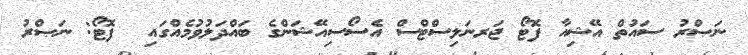
ނަޞްރު ސައުތް އޭޝިއާ ފޮޓޯ ޖަރނަލިސްޓްސް އެސޯސިއޭޝަންގެ ބައްދަލުވުމެއްގައި  ފޮޓޯ: ނަޞްރު